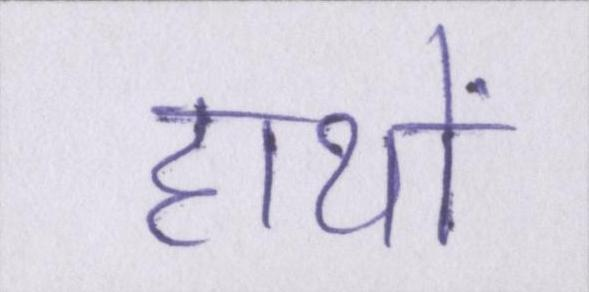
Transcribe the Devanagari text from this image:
हाथों